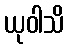
ယုဝါသိ